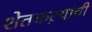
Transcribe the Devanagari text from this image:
शेतकऱयांची